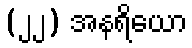
(၂၂) အနရိယော